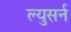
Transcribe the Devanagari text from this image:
ल्युसर्न